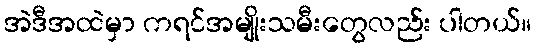
အဲဒီအထဲမှာ ကရင်အမျိုးသမီးတွေလည်း ပါတယ်။